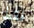
فقط